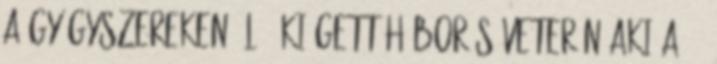
a gyógyszereken élő, kiégett háborús veterán aki a 4.